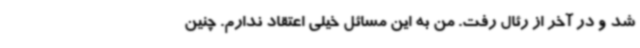
شد و در آخر از رئال رفت. من به این مسائل خیلی اعتقاد ندارم. چنین